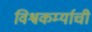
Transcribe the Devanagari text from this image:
विश्वकर्म्याची